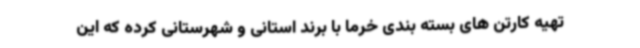
تهیه کارتن های بسته بندی خرما با برند استانی و شهرستانی کرده که این